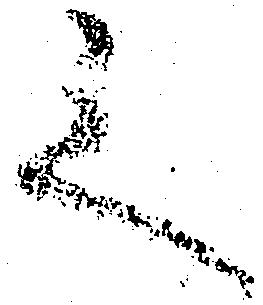
之